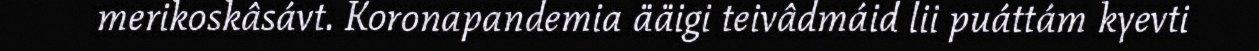
merikoskâsávt. Koronapandemia ääigi teivâdmáid lii puáttám kyevti